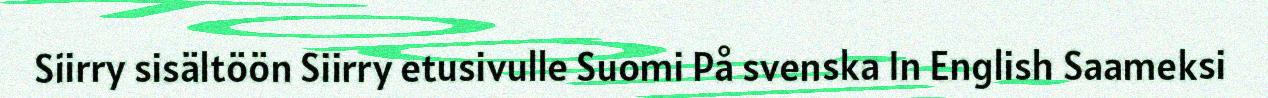
Siirry sisältöön Siirry etusivulle Suomi På svenska In English Saameksi